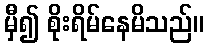
မှီ၍ စိုးရိမ်နေမိသည်။